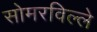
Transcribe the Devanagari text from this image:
सोमरविल्ले